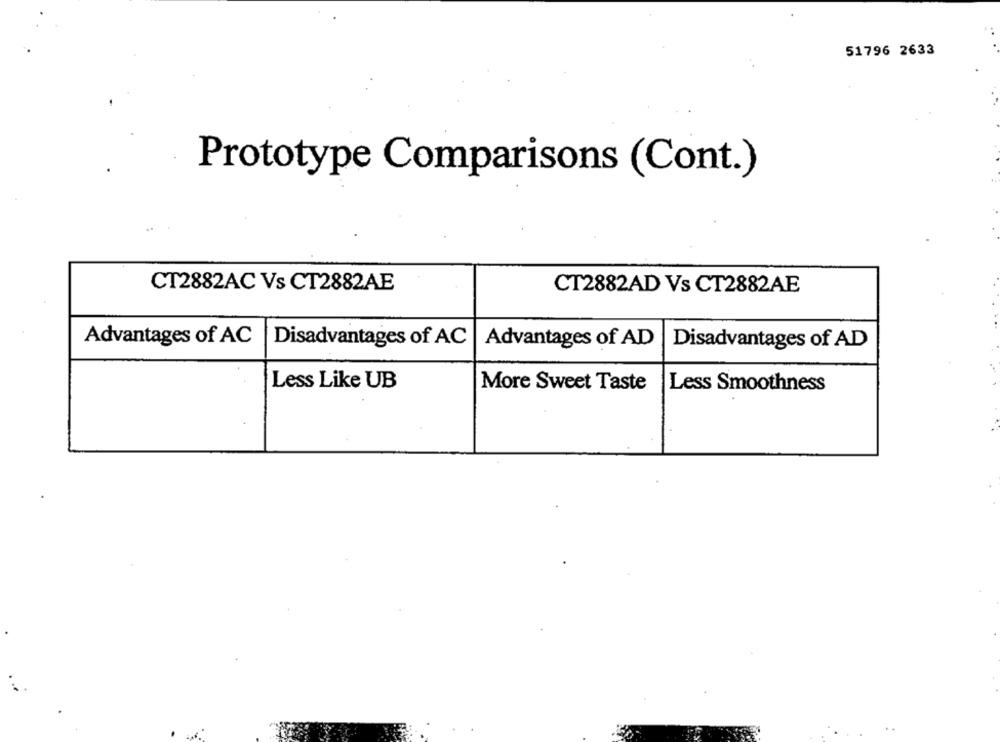
51796 2633
Prototype Comparisons (Cont.)
CT2882AC Vs CT2882AE
CT2882AD Vs CT2882AE
Advantages of AC
Disadvantages of AC
Advantages of AD
Disadvantages of AD
Less Like UB
More Sweet Taste
Less Smoothness